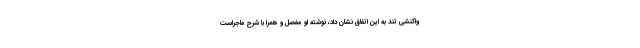
واکنشی تند به این اتفاق نشان داد، نوشته او مفصل و همرا با شرح ماجراست